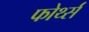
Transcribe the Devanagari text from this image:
फोर्थ्स